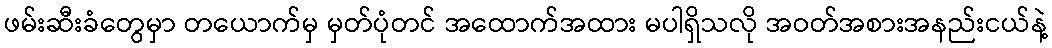
ဖမ်းဆီးခံတွေမှာ တယောက်မှ မှတ်ပုံတင် အထောက်အထား မပါရှိသလို အဝတ်အစားအနည်းငယ်နဲ့